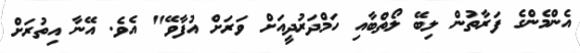
އެންމެންގެ ފަރާތުން ލިބޭ ލޯތްބާއި ހަމްދަރުދީއަށް ވަރަށް އުފާވޭ" އެވެ. އޭނާ އިތުރަށް